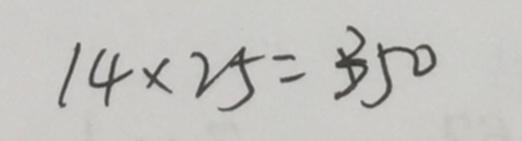
1 4 \times 2 5 = 3 5 0